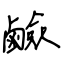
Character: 鹼